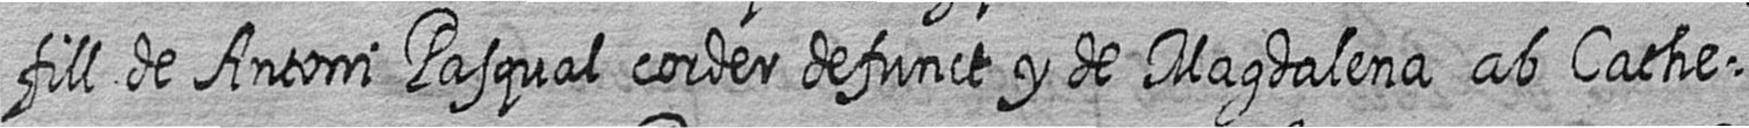
fill de Antoni Pasqual corder defunct y de Magdalena ab Cathe=